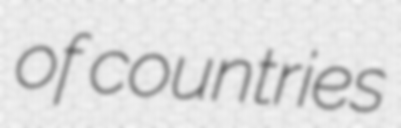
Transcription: of countries